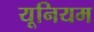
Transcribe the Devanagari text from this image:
यूनियम